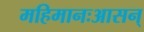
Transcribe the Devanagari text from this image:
महिमानःआसन्